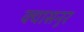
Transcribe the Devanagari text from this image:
क्यासनुर